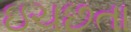
ઇચછતા